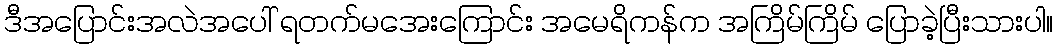
ဒီအပြောင်းအလဲအပေါ် ရတက်မအေးကြောင်း အမေရိကန်က အကြိမ်ကြိမ် ပြောခဲ့ပြီးသားပါ။